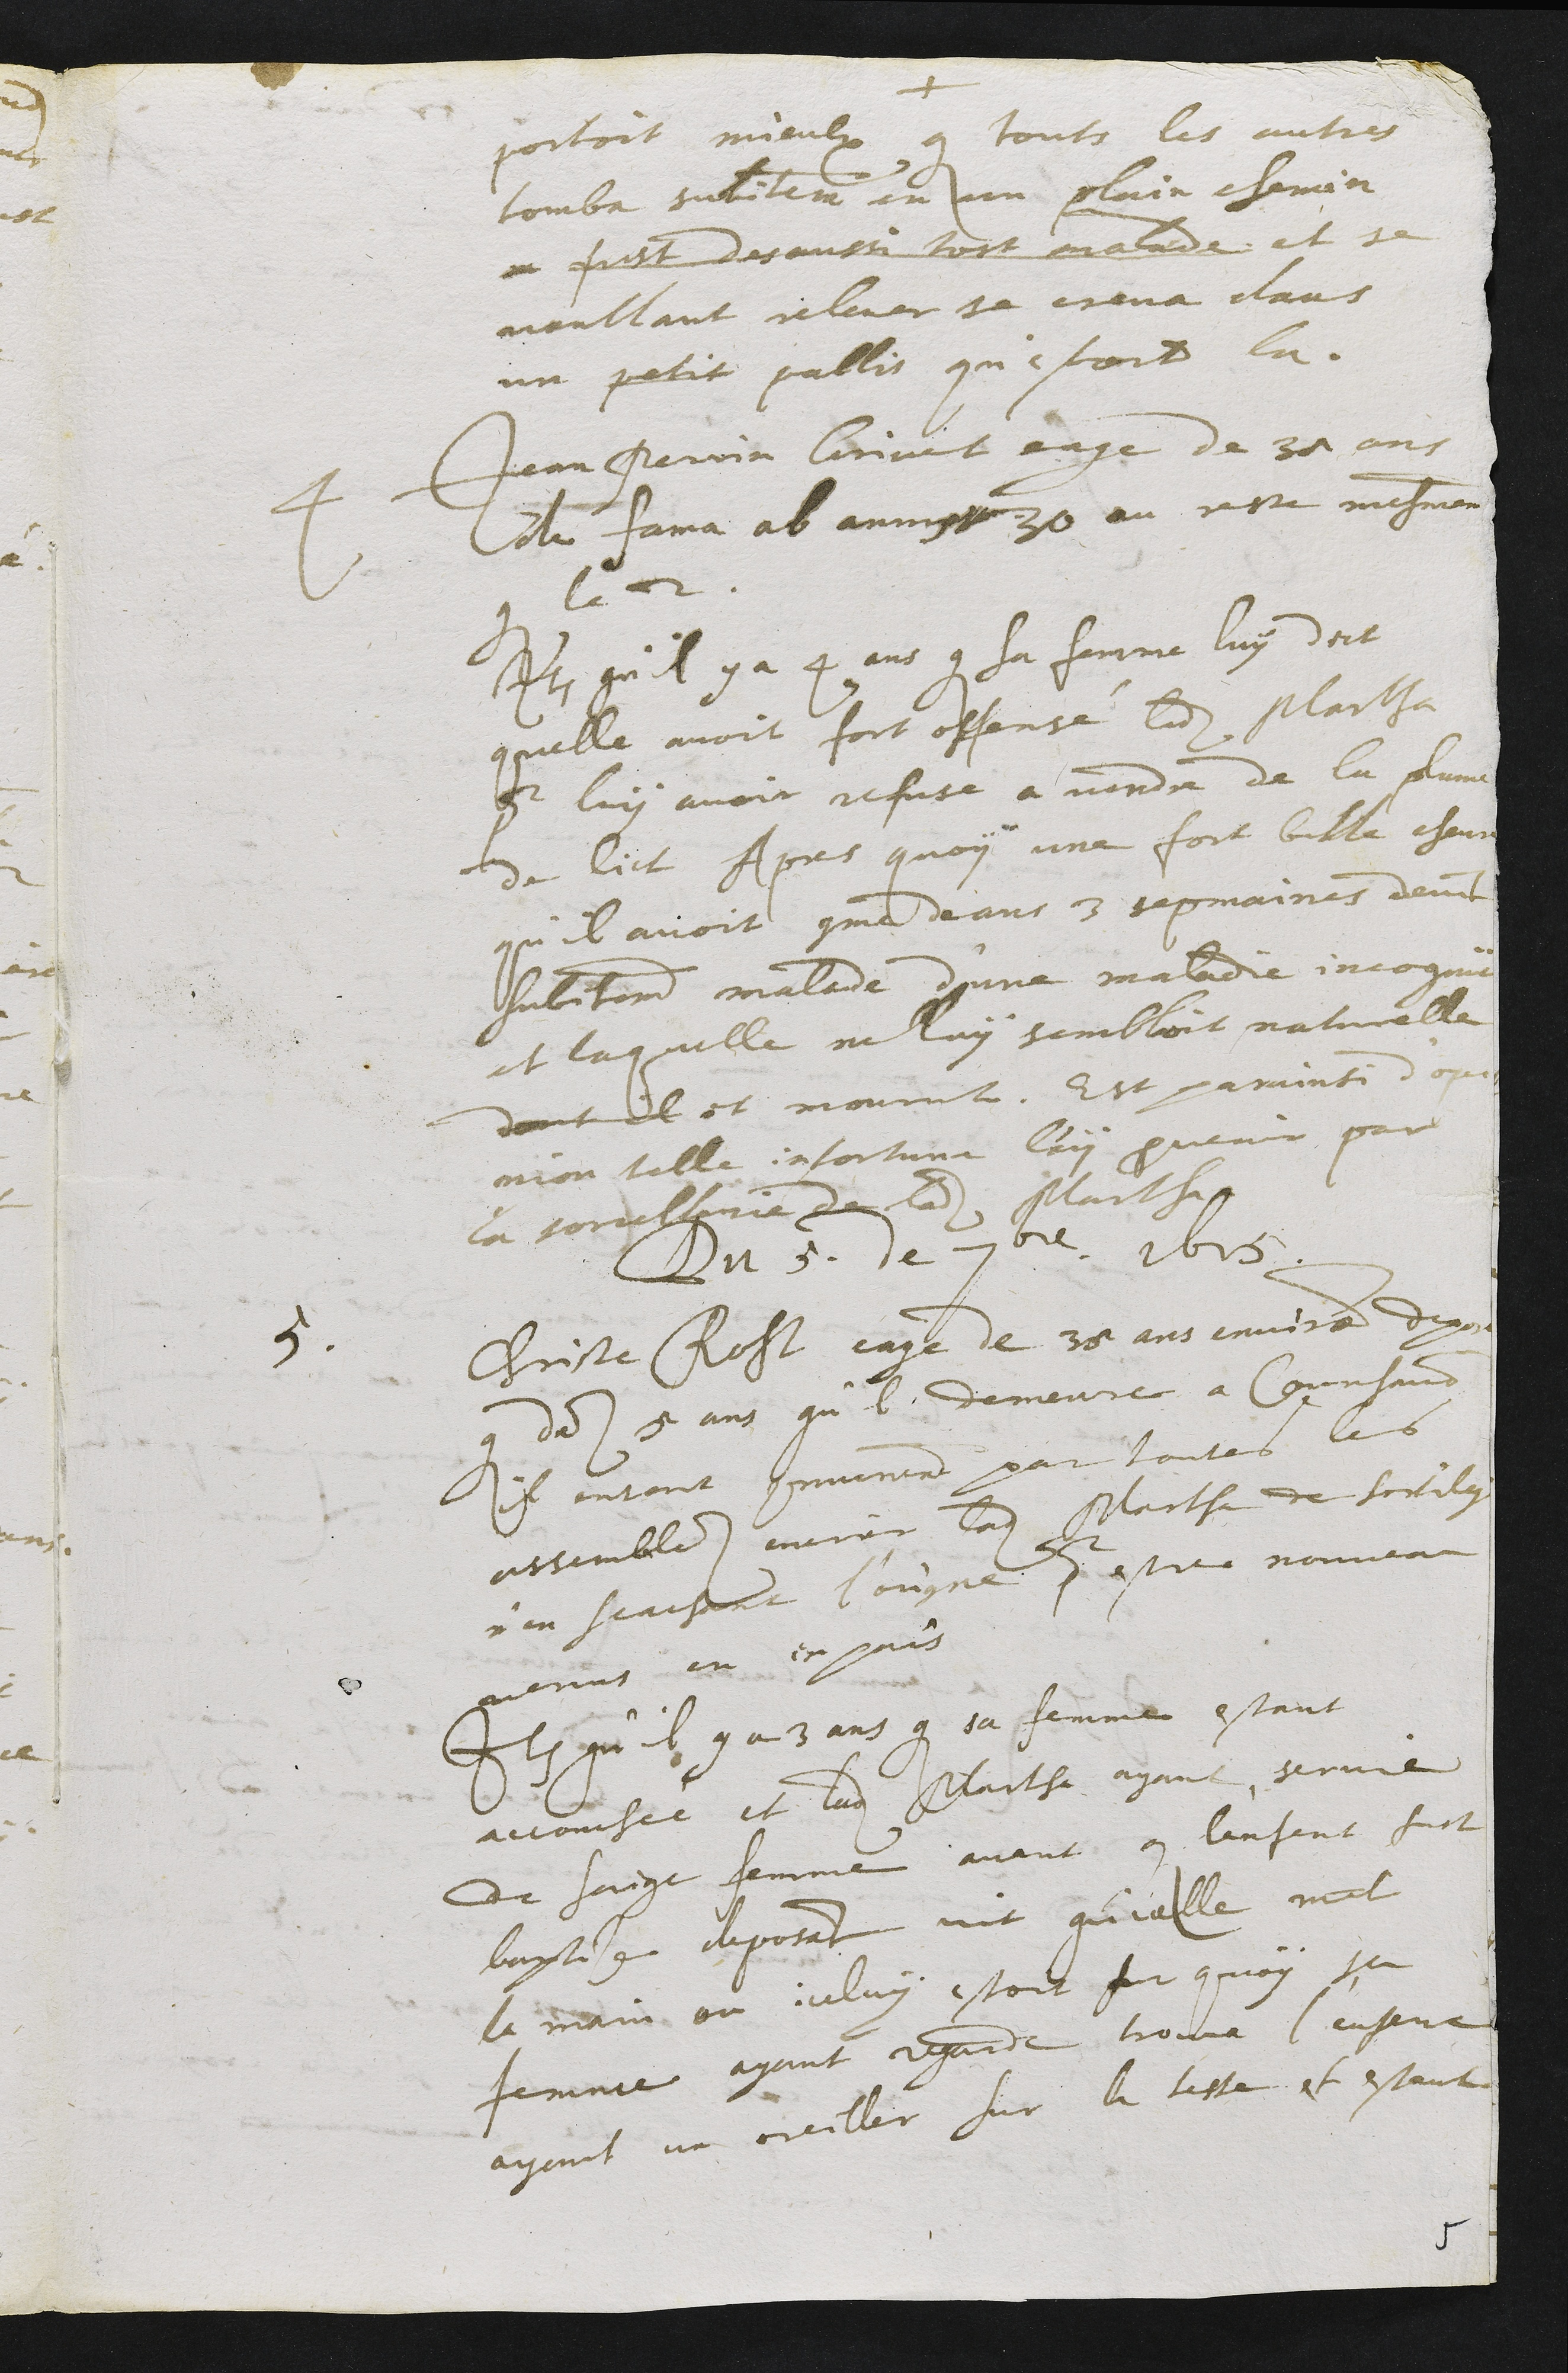
portoit mieulx que touts les autres
tomba subitement en un plain chemin
ou fust des aussi tost malade et se
voullant relever se creva dans un
un petit pallis qui estoit la.
4 Jean Perrin Grivet eage de 37 ans
de fama ab annis 30 au reste mesmement
que le 2.
Item qu'il y a 4 ans que sa femme luy dict
quelle avoit fort offensé ladite Martha
pour luy avoir refuse a vendre de la plume
de lict Après quoy une fort belle chevre
qu'il avoit comme deans 3 sepmaines devint
subitement malade d'une maladie incognüe
et laquelle ne luy sembloit naturelle
dont il et mourut. Est par ainsi d'opi
nion telle infortune luy provenir par
la sorcellerie de ladite Martha
Du 5. de septembre1615.
5. Christe Roht eage de 35 ans environ depose
que depuis 5 ans qu'il demeure a Courfaivre
il entent communement par toutes les
assemblees encrier ladite Martha de sortilege
n'en scachant l'origine pour estre nouveau
venus en ce pais
Item qu'il y a 3 ans que sa femme estant
accouchée et ladite Martha ayant servie
de saige femme avant que l'enfent fust
baptise deposant vit qu'icelle mit
la main ou  iceluy estoit sur quoy sa
femme ayant regarde trouva l'enfant
ayant un oreiller sur la teste et estant